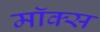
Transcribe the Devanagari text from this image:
मॉक्स